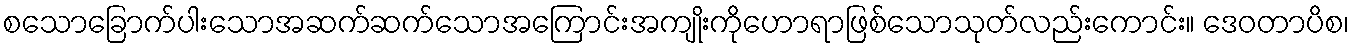
စသောခြောက်ပါးသောအဆက်ဆက်သောအကြောင်းအကျိုးကိုဟောရာဖြစ်သောသုတ်လည်းကောင်း။ ဒေဝတာပိစ၊